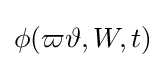
\phi (\varpi \vartheta ,W,t)